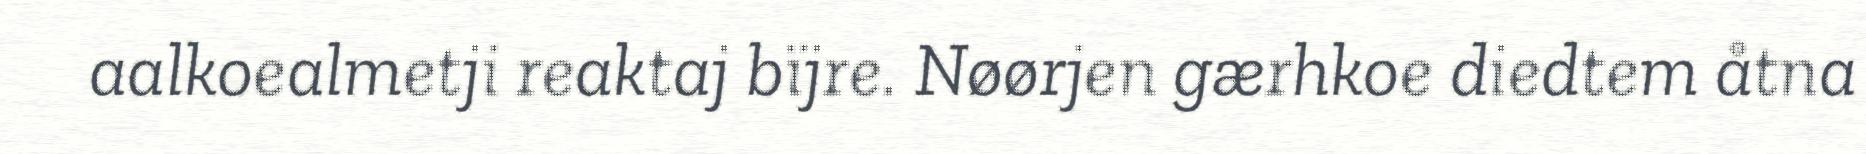
aalkoealmetji reaktaj bïjre. Nøørjen gærhkoe diedtem åtna